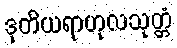
ဒုတိယရာဟုလသုတ္တံ